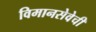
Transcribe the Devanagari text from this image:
विमानसेवेची